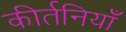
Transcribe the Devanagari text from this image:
कीर्तनियाँ